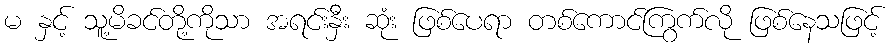
မ နှင့် သူ့မိခင်တို့ကိုသာ အရင်းနှီး ဆုံး ဖြစ်ပေရာ တစ်ကောင်ကြွက်လို ဖြစ်နေသဖြင့်